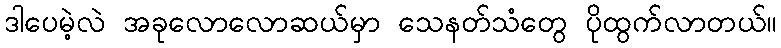
ဒါပေမဲ့လဲ အခုလောလောဆယ်မှာ သေနတ်သံတွေ ပိုထွက်လာတယ်။